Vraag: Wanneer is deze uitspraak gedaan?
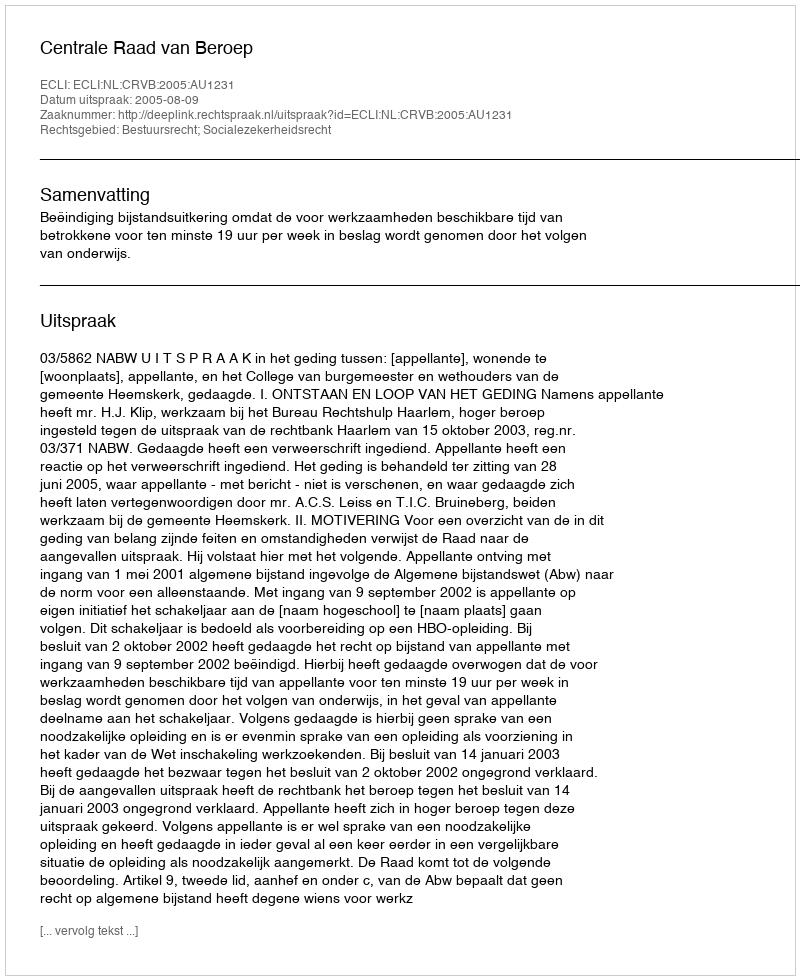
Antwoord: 2005-08-09